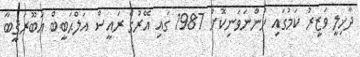
ދާޚިލީ ވަޒީރު ކަމުގައި ހުންނަވަނިކޮށް 1987 ގައި އޭރުގެ ރައީސް އަލްޙަބީބް އަބޫރަޤީބާ